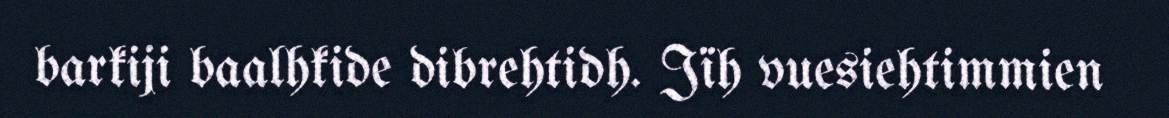
barkiji baalhkide dibrehtidh. Jïh vuesiehtimmien